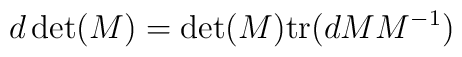
d\det(M)=\det(M){\rm tr}(dMM^{-1})\nonumber